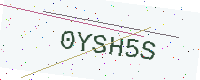
Text: 0YSH5S